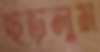
ছড়লুম